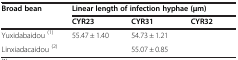
<table><thead><tr><td rowspan="2"><b>Broad bean</b></td><td colspan="3"><b>Linear length of infection hyphae (μm)</b></td></tr><tr><td><b>CYR23</b></td><td><b>CYR31</b></td><td><b>CYR32</b></td></tr></thead><tbody><tr><td>Yuxidabaidou <sup>(1)</sup></td><td>55.47 ± 1.40</td><td>54.73 ± 1.21</td><td>[EMPTY_CELL]</td></tr><tr><td>Linxiadacaidou <sup>(2)</sup></td><td>[EMPTY_CELL]</td><td>55.07 ± 0.85</td><td>[EMPTY_CELL]</td></tr></tbody></table>